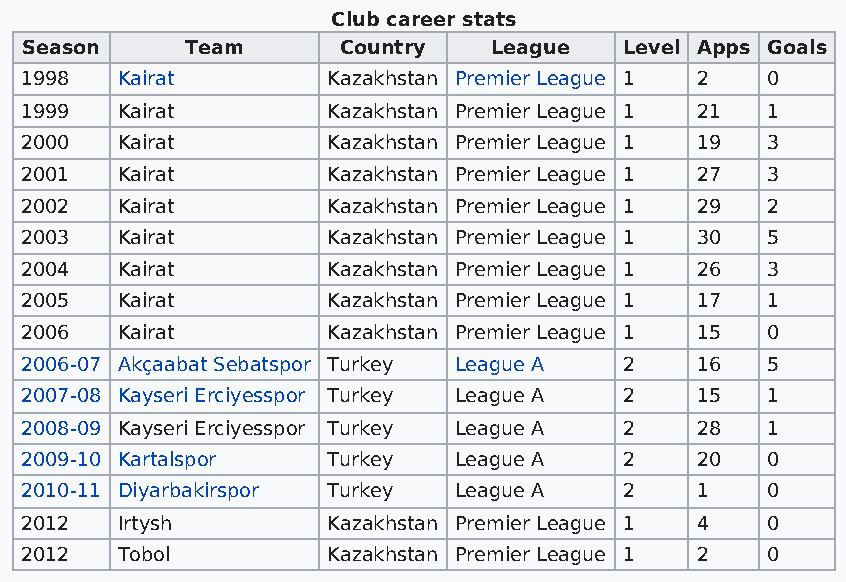
Club career stats
 Season     Team      Country    League  Level Apps Goals
 1998   Kairat        Kazakhstan Premier League 1 2 0
 1999   Kairat        Kazakhstan Premier League 1 21 1
 2000   Kairat        Kazakhstan Premier League 1 19 3
 2001   Kairat        Kazakhstan Premier League 1 27 3
 2002   Kairat        Kazakhstan Premier League 1 29 2
 2003   Kairat        Kazakhstan Premier League 1 30 5
 2004   Kairat        Kazakhstan Premier League 1 26 3
 2005   Kairat        Kazakhstan Premier League 1 17 1
 2006   Kairat        Kazakhstan Premier League 1 15 0
 2006-07 Akçaabat Sebatspor Turkey League A 2 16   5
 2007-08 Kayseri Erciyesspor Turkey League A 2 15  1
 2008-09 Kayseri Erciyesspor Turkey League A 2 28  1
 2009-10 Kartalspor   Turkey  League A   2    20   0
 2010-11 Diyarbakirspor Turkey League A  2    1    0
 2012   Irtysh        Kazakhstan Premier League 1 4 0
 2012   Tobol         Kazakhstan Premier League 1 2 0